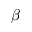
\beta